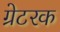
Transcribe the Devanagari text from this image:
ग्रेटरक